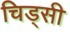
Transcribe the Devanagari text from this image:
चिड्सी